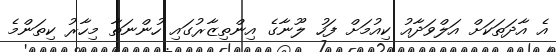
އެ އާދަތަކަށް އަލްވަދާއު ކިއުމަށް ފަހު ލޫނާގެ އިންތިޒާރުގައި ހުންނަތާ މިހާރު ކިތަންމެ